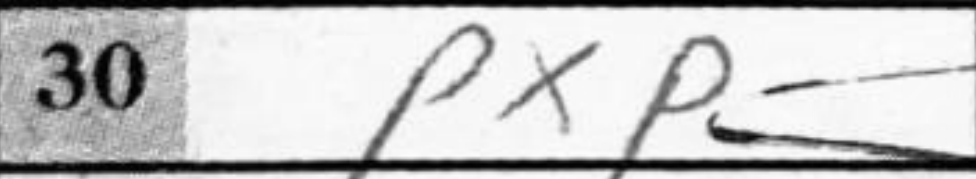
Transcription: PxP